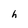
Character: h